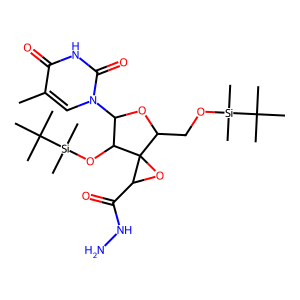
SMILES: Cc1cn(C2OC(CO[Si](C)(C)C(C)(C)C)C3(OC3C(=O)NN)C2O[Si](C)(C)C(C)(C)C)c(=O)[nH]c1=O
Inhibits HIV replication: No